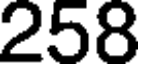
258